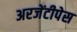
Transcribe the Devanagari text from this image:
अरजेंटीपेस